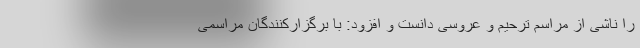
را ناشی از مراسم ترحیم و عروسی دانست و افزود: با برگزارکنندگان مراسمی